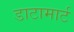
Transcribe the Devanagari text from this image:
डाटामार्ट